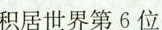
积居世界第6位